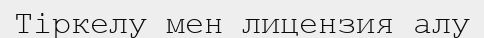
Тіркелу мен лицензия алу